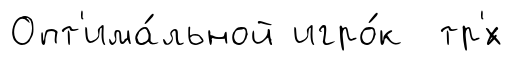
Опт'има́льной игро́к тр'́х